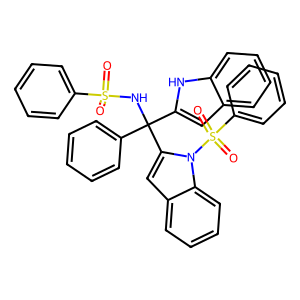
SMILES: O=S(=O)(NC(c1ccccc1)(c1cc2ccccc2[nH]1)c1cc2ccccc2n1S(=O)(=O)c1ccccc1)c1ccccc1
Inhibits HIV replication: No